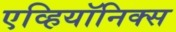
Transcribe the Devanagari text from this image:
एव्हियॉनिक्स